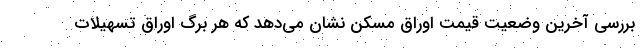
بررسی آخرین وضعیت قیمت اوراق مسکن نشان می‌دهد که هر برگ اوراق تسهیلات